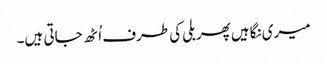
میری نگاہیں پھر بلی کی طرف اُٹھ جاتی ہیں۔